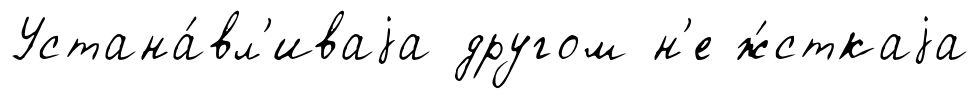
Устана́вл'иваjа другом н'е ж́сткаjа